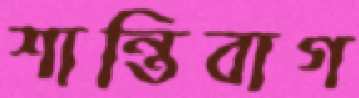
শান্তিবাগ